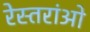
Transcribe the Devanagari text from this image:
रेस्तरांओ